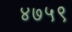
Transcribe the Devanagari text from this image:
४७५९